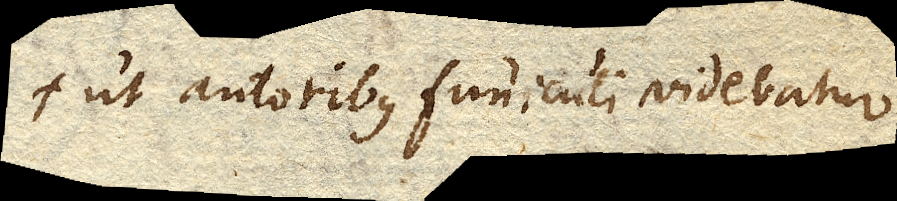
ut autoribus funiculi videbatur